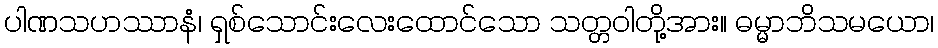
ပါဏသဟဿာနံ၊ ရှစ်သောင်းလေးထောင်သော သတ္တဝါတို့အား။ ဓမ္မာဘိသမယော၊